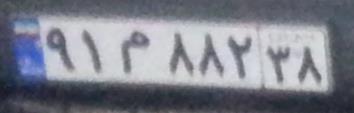
۹۱م۸۸۲۳۸